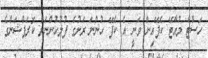
ހަސްޓާ މުއާޓޭ ކެފޭއިން ވަނީ އެ ކެފޭ ހުންނަ ރަށުގެ ފުލުހުންނަށް ކޮރަޕްޝަންގެ